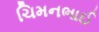
ચિમનભાઈ